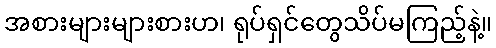
အစားများများစားဟ၊ ရုပ်ရှင်တွေသိပ်မကြည့်နဲ့။